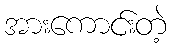
အားကောင်းတဲ့